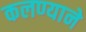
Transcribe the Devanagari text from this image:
कलण्याने